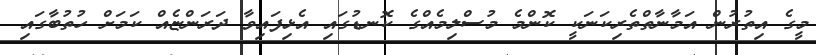
މީގެ އިތުރުން އަމާނާތްތެރިކަނަކީ ކޮންމެ މުސްލިމެއްގެ ކޮނޑުގައި އެޅިފައިވާ ދަރަންޏެއް ކަމަށް ހުތުބާގައި